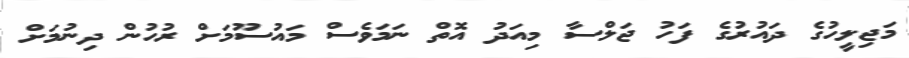
މަޖިލީހުގެ ދައުރުގެ ފަހު ޖަލްސާ މިއަދު އޮތް ނަމަވެސް މައުސޫމަށް ރުހުން ދިނުމަށް